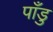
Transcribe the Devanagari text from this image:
पाँडु